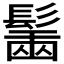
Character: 𩮟